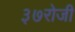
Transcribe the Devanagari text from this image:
३७रोजी